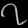
Digit: ၇